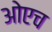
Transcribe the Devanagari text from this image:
ओएच